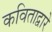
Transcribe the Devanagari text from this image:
कविताद्वारे